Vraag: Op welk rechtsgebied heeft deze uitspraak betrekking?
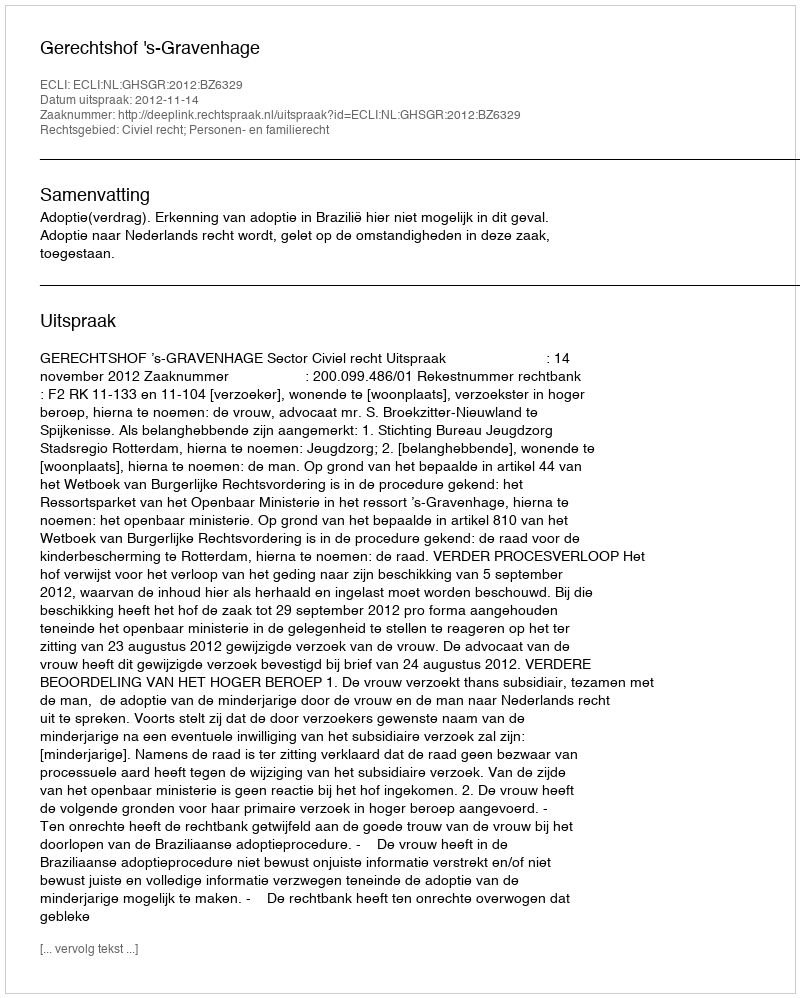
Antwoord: Civiel recht; Personen- en familierecht